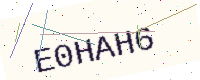
Text: E0HAH6